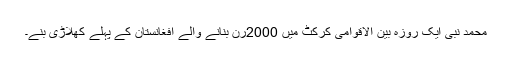
محمد نبی ایک روزہ بین الاقوامی کرکٹ میں 2000رن بنانے والے افغانستان کے پہلے کھلاڑی بنے۔